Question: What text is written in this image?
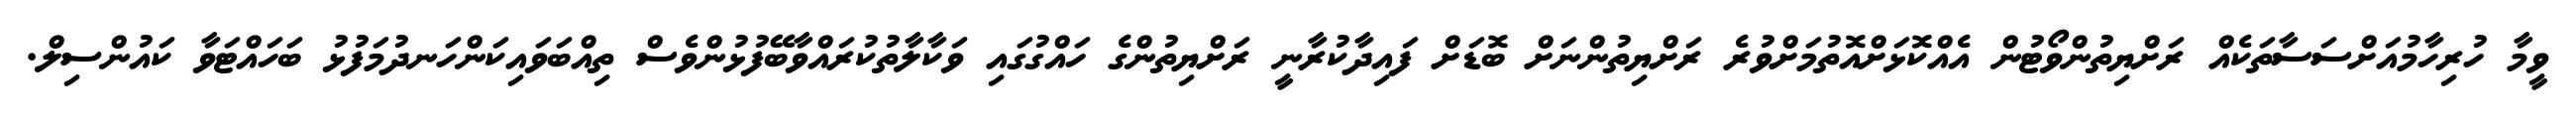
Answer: ވީމާ ހުރިހާމުއަށްސަސާތަކެއް ރަށްޔިތުންވޯޓުން އެއްކޮޅަށްއޮތުމަށްވުރެ ރަށްޔިތުންނަށް ބޮޑަށް ފައިދާކުރާނީ ރަށްޔިތުންގެ ހައްގުގައި ވަކާލާތުކުރައްވާބޭފުޅުންވެސް ތިއްބަވައިކަންހަނދުމަފުޅު ބަހައްޓަވާ ކައުންސިލް.